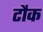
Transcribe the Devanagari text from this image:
टौक